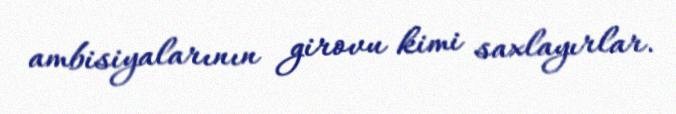
ambisiyalarının girovu kimi saxlayırlar.